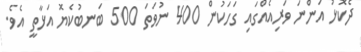
ދެކޮޅު އަންނަ ވަރިއެއްގައި ގަހަކުން 400 ނުވަތަ 500 ބަނބުކެޔޮ އަޅާތީ އެވެ.